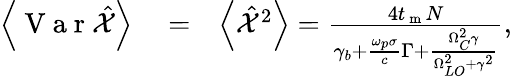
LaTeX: \begin{array}{rlr}{\left<\mathrm{~V~a~r~}\hat{\mathcal X}\right>}&{{}=}&{\left<\hat{\mathcal X}^{2}\right>=\frac{4t_{\mathrm{~m~}}N}{{\gamma_{b}}+\frac{\omega_{p}\sigma}{c}\Gamma+\frac{\Omega_{C}^{2}\gamma}{\Omega_{LO}^{2}+\gamma^{2}}},}\end{array}